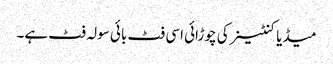
میڈیا کنٹینر کی چوڑائی اسی فٹ بائی سولہ فٹ ہے۔